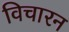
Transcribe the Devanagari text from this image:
विचारन